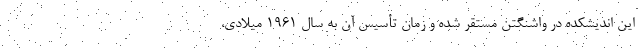
این اندیشکده در واشنگتن مستقر شده و زمان تأسیس آن به سال ۱۹۶۱ میلادی،